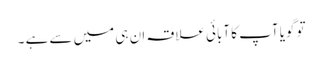
تو گویا آپ کا آبائی علاقہ ان ہی میں سے ہے ۔